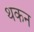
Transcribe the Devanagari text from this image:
थकन